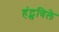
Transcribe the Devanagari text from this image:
हंट्सविले